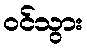
ဝင်သွား